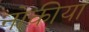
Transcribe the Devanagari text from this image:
नोकीया